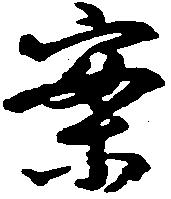
案